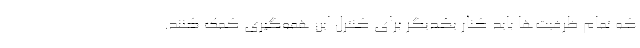
که تمام ظرفیت‌ها باید کنار یکدیگر برای کنترل این همه‌گیری کمک کنند.